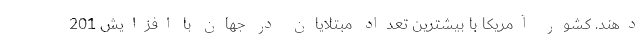
دهند. کشور آمریکا با بیشترین تعداد مبتلایان در جهان با افزایش 201